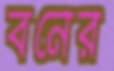
বনের